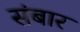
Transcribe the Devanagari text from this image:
संबार